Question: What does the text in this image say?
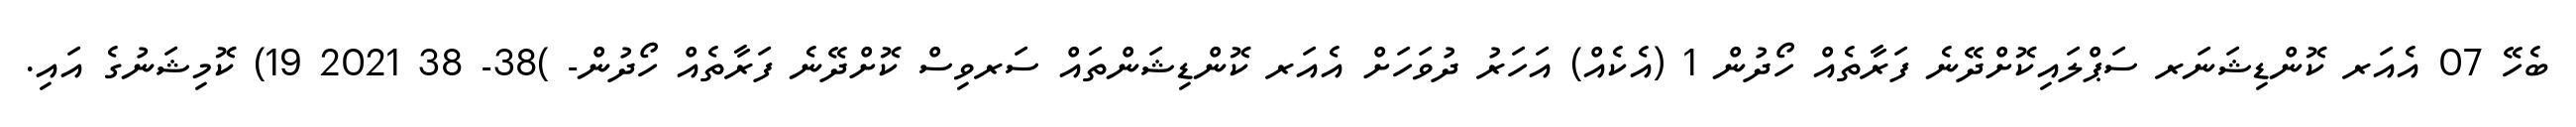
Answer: ބެހޭ 07 އެއަރ ކޮންޑިޝަނަރ ސަޕްލައިކޮށްދޭނެ ފަރާތެއް ހޯދުން 1 (އެކެއް) އަހަރު ދުވަހަށް އެއަރ ކޮންޑިޝަންތައް ސަރވިސް ކޮށްދޭނެ ފަރާތެއް ހޯދުން- )38- 38 2021 19) ކޮމިޝަނުގެ އައި.